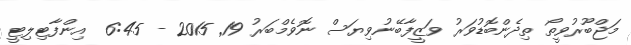
މަޖްބޫރުވީތޯ ތިިދެންބޮޑުވަރު ވަޒީފާބޭނުވިޔަސް ނޮވެމްބަރު 19